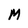
Character: M